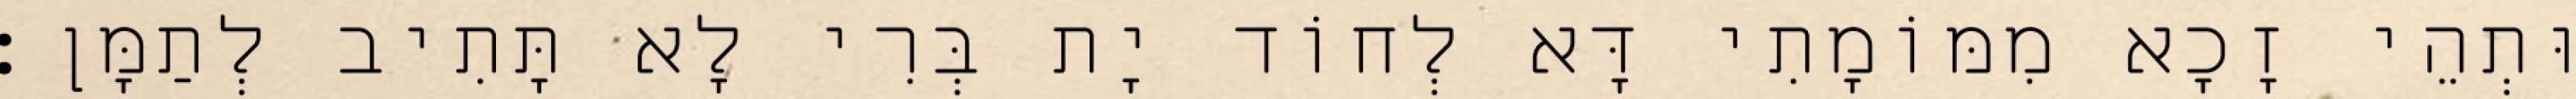
וּתְהֵי זָכָא מִמּוֹמָתִי דָּא לְחוֹד יָת בְּרִי לָא תָּתִיב לְתַמָּן׃